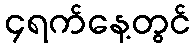
၄ရက်နေ့တွင်